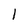
Character: l